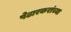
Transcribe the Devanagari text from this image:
पेढारकरांच्या